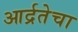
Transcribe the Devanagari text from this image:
आर्द्रतेचा